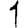
Digit: 1